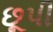
છૂપી